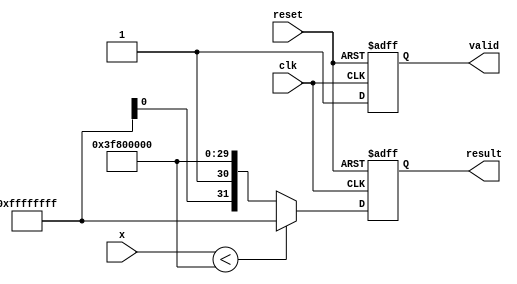
module acosh (
    input clk,
    input reset,
    input [31:0] x,          // Floating-point input (IEEE 754)
    output reg [31:0] result, // Floating-point output (IEEE 754)
    output reg valid          // Output valid signal
);

    // Internal signals
    reg [31:0] x_square;
    reg [31:0] x_square_minus_one;
    reg [31:0] sqrt_x_square_minus_one;
    reg [31:0] addition_result;
    
    // Floating-point constants
    parameter IEEE_754_ZERO = 32'h00000000; // 0.0
    parameter IEEE_754_ONE  = 32'h3F800000; // 1.0

    // Floating-point log and sqrt functions (use placeholder for actual implementations based on your requirements)
    function [31:0] float_sqrt(input [31:0] x);
        // Placeholder for square root implementation
        // Normally you would call a floating-point library or predefined calculations
    endfunction

    function [31:0] float_log(input [31:0] x);
        // Placeholder for logarithm implementation
        // Normally you would call a floating-point library or predefined calculations
    endfunction

    always @(posedge clk or posedge reset) begin
        if (reset) begin
            result <= 32'hFFFFFFFF; // NaN or error signal on reset
            valid <= 0;
        end else begin
            // Input validation
            if (x < IEEE_754_ONE) begin
                result <= 32'hFFFFFFFF; // NaN: x < 1
                valid <= 1;
            end else begin
                // Pipelined computations
                // Step 1: x^2
                x_square <= x * x; // Multiply to get square

                // Step 2: x^2 - 1
                x_square_minus_one <= x_square - IEEE_754_ONE;

                // Step 3: sqrt(x^2 - 1)
                sqrt_x_square_minus_one <= float_sqrt(x_square_minus_one);

                // Step 4: x + sqrt(x^2 - 1)
                addition_result <= x + sqrt_x_square_minus_one;

                // Step 5: ln(x + sqrt(x^2 - 1))
                result <= float_log(addition_result);

                // Indicate valid output
                valid <= 1;
            end
        end
    end
endmodule